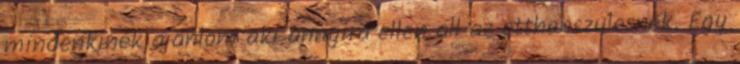
mindenkinek ajanlom aki annyira ellen all az otthonszulesnek. Egy